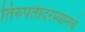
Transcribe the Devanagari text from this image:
तिरुपतीदरम्यानचे